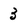
Character: 3